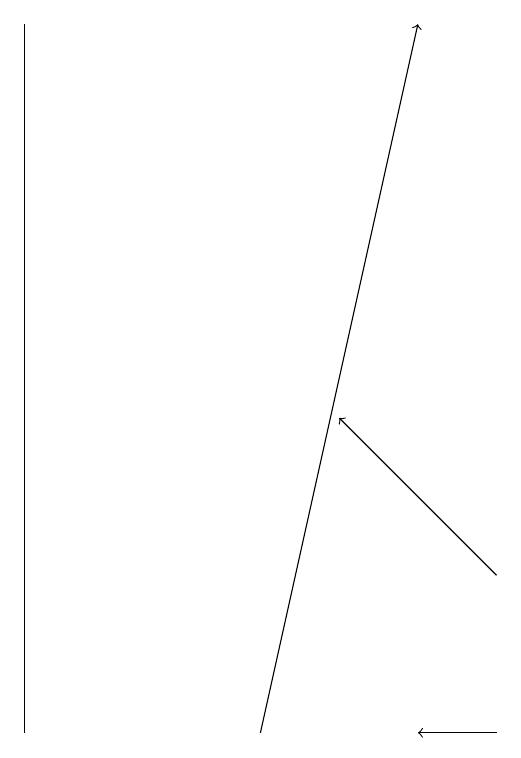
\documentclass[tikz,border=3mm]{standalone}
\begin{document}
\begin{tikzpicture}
\draw[->] (6,12) -- (4,14);
\draw (0,10) rectangle (0,19);
\draw[->] (6,10) -- (5,10);
\draw[->] (3,10) -- (5,19);
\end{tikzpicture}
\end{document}